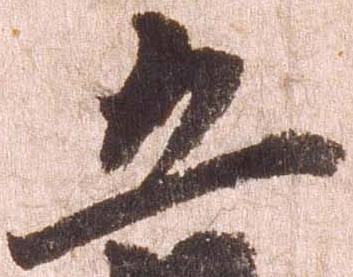
五